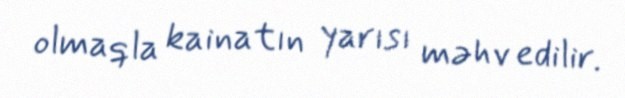
olmaqla kainatın yarısı məhv edilir.